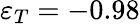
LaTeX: \varepsilon_{T}=-0.98